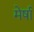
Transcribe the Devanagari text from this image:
मेर्षा